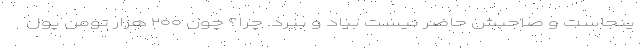
ینجاست و صاحبش حاضر نیست بیاد و ببرد. چرا؟ چون ۲۰۰ هزار تومن پول